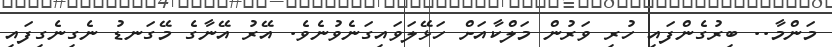
މަންމާ.. ބިރުގެންފައި ހުރި ވަރުން މަލްކާއަށް ހަޅޭލަވައިގަނެވުނެވެ. އޭރު އޭނާގެ މޭގަނޑު ނެގިނެގިފައި